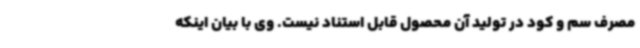
مصرف سم و کود در تولید آن محصول قابل استناد نیست. وی با بیان اینکه